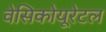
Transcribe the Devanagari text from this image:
वेसिकोयूरेटल